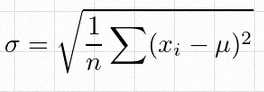
\sigma=\sqrt{\frac1n\sum(x_i-\mu)^2}